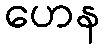
ဟေန